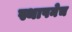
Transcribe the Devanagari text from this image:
स्थापनेच